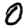
Digit: 0